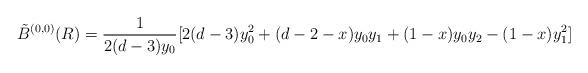
LaTeX: \begin{align*}\tilde B^{(0,0)}(R) = \frac{1}{2(d-3)y_0} [2(d-3) y_0^2 + (d-2 -x) y_0 y_1 + (1-x) y_0 y_2 -(1-x) y_1^2]\end{align*}